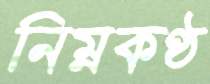
নিম্নকণ্ঠ